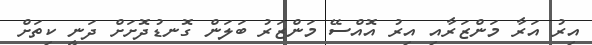
އިރު އަރާ މަންޒަރާއި އިރު އޮއްސޭ މަންޒަރު ބަލަން ގޮނޑުދޮށަށް ދަނީ ކިތަށް